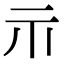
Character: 𱍐